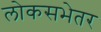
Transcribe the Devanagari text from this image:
लोकसभेतर